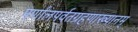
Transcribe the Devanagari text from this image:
पर्णालपर्वतग्रहणाख्यानम्